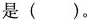
是( )。